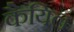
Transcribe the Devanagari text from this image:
कैयिल